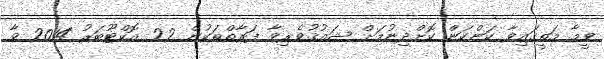
ވީމާ މަތީގައިވާ ކަންކަން ކޮށްދިނުމަށް ޝައުޤުވެރިވާ ފަރާތްތަކުން 22 އޮކްޓޫބަރު 2014 ވާ